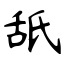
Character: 舐